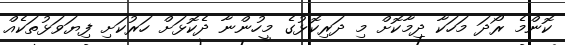
ކޮންމެ ރޯދަ މަހަކާ ދިމާކޮށް މި ދަރިކޮޅުގެ މީހުންނާ ދެކޮޅަށް ހަރުކަށި ފިޔަވަޅުތަކެއް